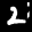
Label: 2